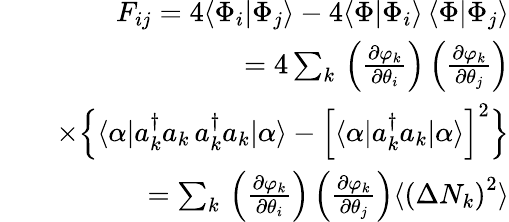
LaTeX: \begin{array}{rlr}&{}&{F_{ij}=4\langle\Phi_{i}|\Phi_{j}\rangle-4\langle\Phi|\Phi_{i}\rangle\, \langle\Phi|\Phi_{j}\rangle}\\ &{}&{=4\sum_{k}\, \left(\frac{\partial\varphi_{k}}{\partial\theta_{i}}\right)\left(\frac{\partial\varphi_{k}}{\partial\theta_{j}}\right)}\\ &{}&{\times\Big\{ \langle\alpha|a_{k}^{\dagger}a_{k}\, a_{k}^{\dagger}a_{k}|\alpha\rangle-\Big[\langle\alpha|a_{k}^{\dagger}a_{k}|\alpha\rangle\Big]^{2}\Big\} }\\ &{}&{=\sum_{k}\, \left(\frac{\partial\varphi_{k}}{\partial\theta_{i}}\right)\left(\frac{\partial\varphi_{k}}{\partial\theta_{j}}\right)\langle\left(\Delta N_{k}\right)^{2}\rangle}\end{array}